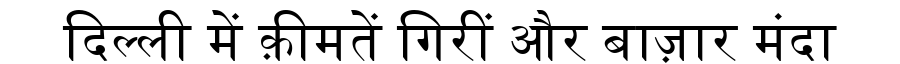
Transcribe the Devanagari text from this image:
दिल्ली में क़ीमतें गिरीं और बाज़ार मंदा